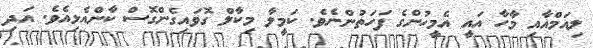
ލިއަމްއާއި މާހާ އައީ އެމީހުންގެ ފަހަތުންނެވެ. ކަމީލާ މިކާލް ގޮވައިގެންގޮސް ކާންއެޅިއެވެ. އަދި